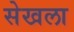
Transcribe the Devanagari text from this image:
सेखला